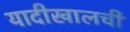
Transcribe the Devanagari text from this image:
यादीखालची